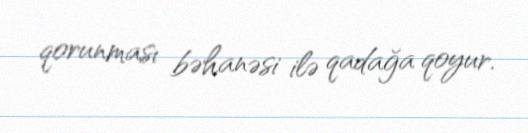
qorunması bəhanəsi ilə qadağa qoyur.